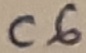
Text: C6